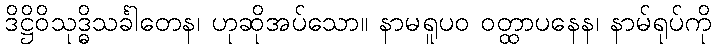
ဒိဋ္ဌိဝိသုဒ္ဓိသင်္ခါတေန၊ ဟုဆိုအပ်သော။ နာမရူပဝ ဝတ္ထာပနေန၊ နာမ်ရုပ်ကို